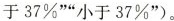
于37%””小于37%”)。